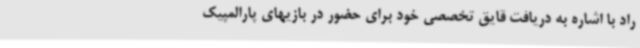
راد با اشاره به دریافت قایق تخصصی خود برای حضور در بازیهای پارالمپیک